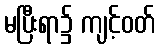
မပြီးရာ၌ ကျင့်ဝတ်